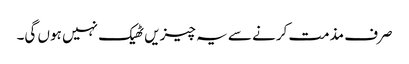
صرف مذمت کرنے سے یہ چیزیں ٹھیک نہیں ہوں گی۔